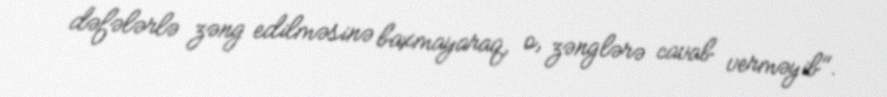
dəfələrlə zəng edilməsinə baxmayaraq, o, zənglərə cavab verməyib".